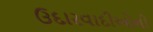
ઉદારવાદીઓની